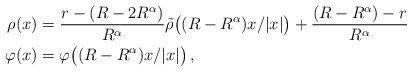
LaTeX: \begin{align*} \rho(x)&=\frac{r-(R-2R^\alpha)}{R^\alpha}\tilde\rho\big((R-R^\alpha)x/|x|\big)+\frac{(R-R^\alpha)-r}{R^\alpha}\\\varphi(x)&=\varphi\big((R-R^\alpha)x/|x|\big)\,,\end{align*}